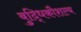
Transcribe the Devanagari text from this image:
बुद्धिकौशल्य